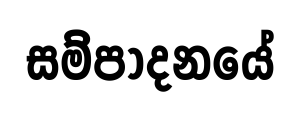
සම්පාදනයේ